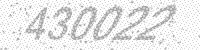
Solution: 430022